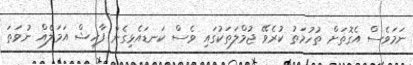
ނަމަވެސް އެގޮތަށް ތުހުމަތު ކުރެވޭ ޖުމްލަތަކުގައި ވެސް ކަނޑައެޅިގެން ފާހިޝް އަމަލެއް ނުވަތަ